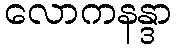
လောကနန္ဒာ